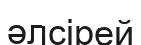
әлсірей